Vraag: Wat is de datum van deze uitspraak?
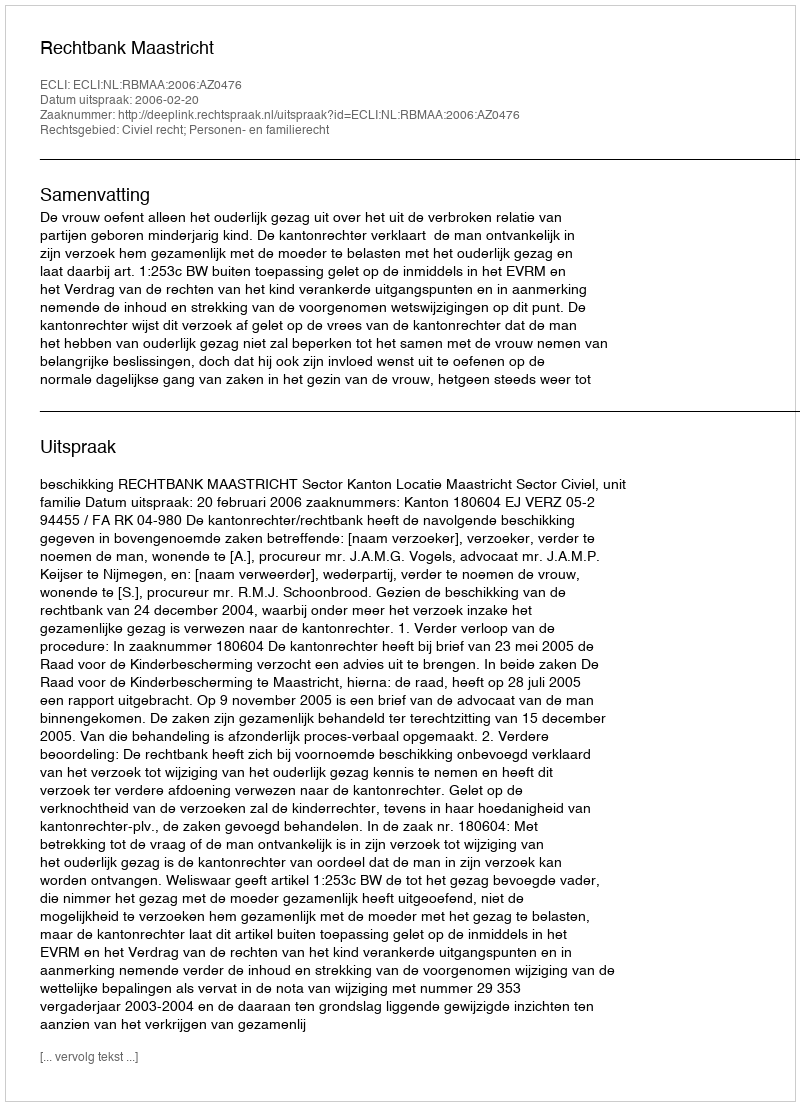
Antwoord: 2006-02-20